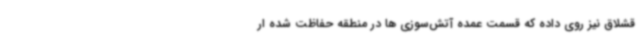
قشلاق نیز روی داده که قسمت عمده آتش‌سوزی ها در منطقه حفاظت شده ار